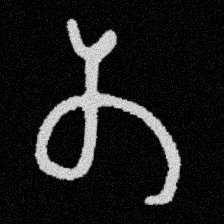
Pyu character \u2014 Myanmar letter: တ (romanized: ta)